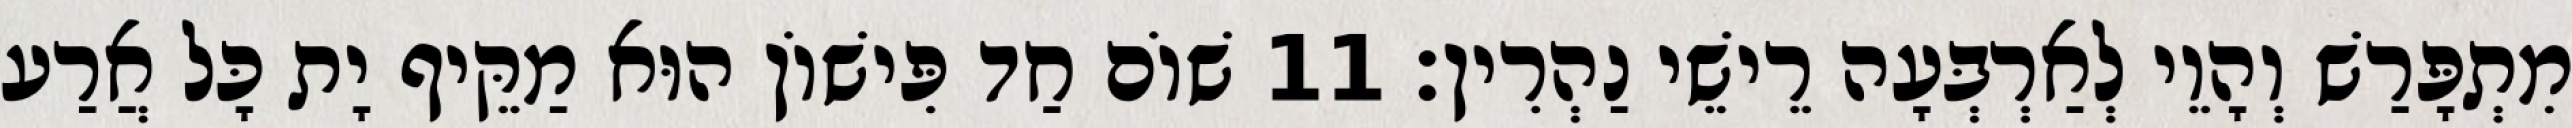
מִתְפָּרַשׁ וְהָוֵי לְאַרְבְּעָה רֵישֵׁי נַהְרִין׃ 11 שׁוֹם חַד פִּישׁוֹן הוּא מַקֵּיף יָת כָּל אֲרַע